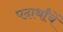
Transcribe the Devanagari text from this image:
पदार्थांचें